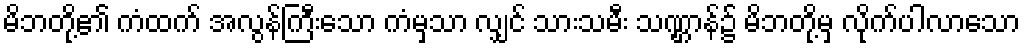
မိဘတို့၏ ကံထက် အလွန်ကြီးသော ကံမှသာ လျှင် သားသမီး သဏ္ဌာန်၌ မိဘတို့မှ လိုက်ပါလာသော